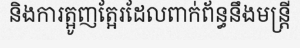
និងការត្អូញត្អែរដែលពាក់ព័ន្ធនឹងមន្ត្រី